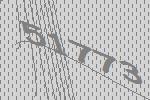
51773